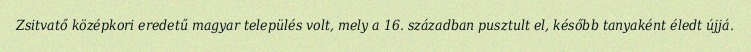
Zsitvatő középkori eredetű magyar település volt, mely a 16. században pusztult el, később tanyaként éledt újjá.